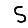
Digit: 5